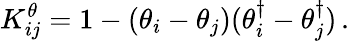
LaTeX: K_{ij}^{\theta}=1-(\theta_{i}-\theta_{j})(\theta_{i}^{\dagger}-\theta_{j}^{\dagger})\, .